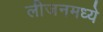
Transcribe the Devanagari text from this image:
लीजनमध्ये